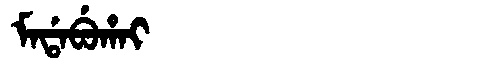
Manchu: ᠮᠠᡩᠠᠪᡠᡥᠠᡳ
Romanization: MADABUHAI